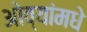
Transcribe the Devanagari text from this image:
ओव्यांमधे